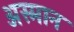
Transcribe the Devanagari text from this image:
अस्मान